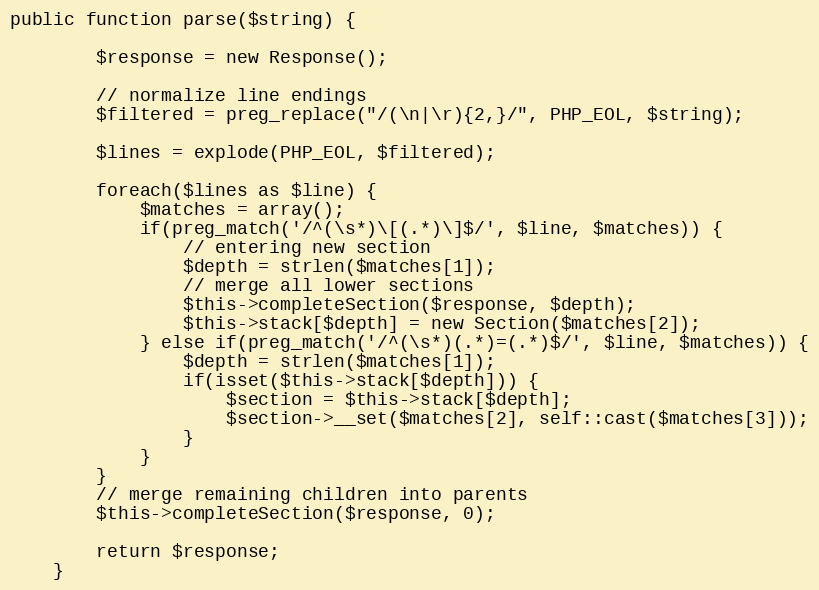
Language: PHP
public function parse($string) {

		$response = new Response();

		// normalize line endings
		$filtered = preg_replace("/(\n|\r){2,}/", PHP_EOL, $string);

		$lines = explode(PHP_EOL, $filtered);

		foreach($lines as $line) {
			$matches = array();
			if(preg_match('/^(\s*)\[(.*)\]$/', $line, $matches)) {
				// entering new section
				$depth = strlen($matches[1]);
				// merge all lower sections
				$this->completeSection($response, $depth);
				$this->stack[$depth] = new Section($matches[2]);
			} else if(preg_match('/^(\s*)(.*)=(.*)$/', $line, $matches)) {
				$depth = strlen($matches[1]);
				if(isset($this->stack[$depth])) {
					$section = $this->stack[$depth];
					$section->__set($matches[2], self::cast($matches[3]));
				}
			}
		}
		// merge remaining children into parents
		$this->completeSection($response, 0);

		return $response;
	}